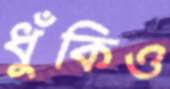
ধুঁকিও